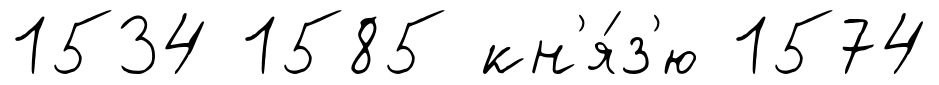
1534 1585 кн'я́з'ю 1574